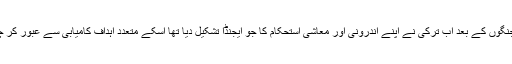
عالمی جنگوں کے بعد اب ترکی نے اپنے اندرونی اور معاشی استحکام کا جو ایجنڈا تشکیل دیا تھا اسکے متعدد اہداف کامیابی سے عبور کر چکا ہے۔